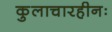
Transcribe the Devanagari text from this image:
कुलाचारहीनः